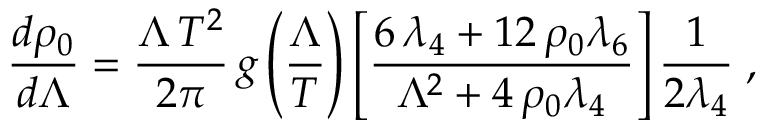
\frac { d \rho _ { 0 } } { d \Lambda } = \frac { \Lambda \, T ^ { 2 } } { 2 \pi } \, g \left( \frac { \Lambda } { T } \right) \left[ { \frac { 6 \, \lambda _ { { 4 } } + 1 2 \, \rho _ { { 0 } } \lambda _ { { 6 } } } { { \Lambda } ^ { 2 } + 4 \, \rho _ { { 0 } } \lambda _ { { 4 } } } } \right] \frac { 1 } { 2 \lambda _ { 4 } } \; ,